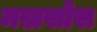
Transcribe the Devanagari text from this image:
मख़सोस